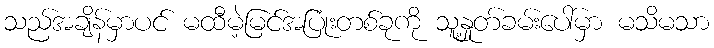
သည်အချိန်မှာပင် မထီမဲ့မြင်အပြုံးတစ်ခုကို သူ့နှုတ်ခမ်းပေါ်မှာ မသိမသာ